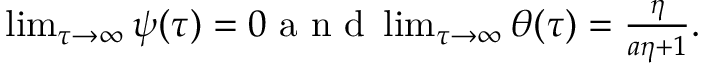
\begin{array} { r } { \operatorname* { l i m } _ { \tau \to \infty } \psi ( \tau ) = 0 \mathrm { ~ a ~ n ~ d ~ } \operatorname* { l i m } _ { \tau \to \infty } \theta ( \tau ) = \frac { \eta } { a \eta + 1 } . } \end{array}